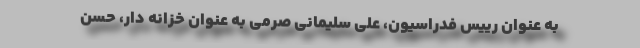
به عنوان رییس فدراسیون، علی سلیمانی صرمی به عنوان خزانه دار، حسن